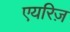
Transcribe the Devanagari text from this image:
एयरिज़